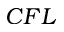
C F L